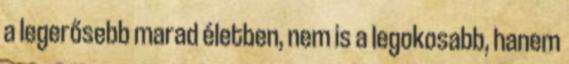
a legerősebb marad életben, nem is a legokosabb, hanem